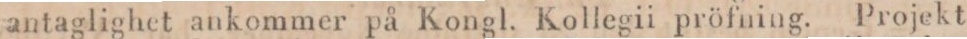
antaglighet ankommer på Kongl. Kollegii pröfning. Projekt